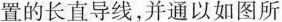
置的长直导线，并通以如图所